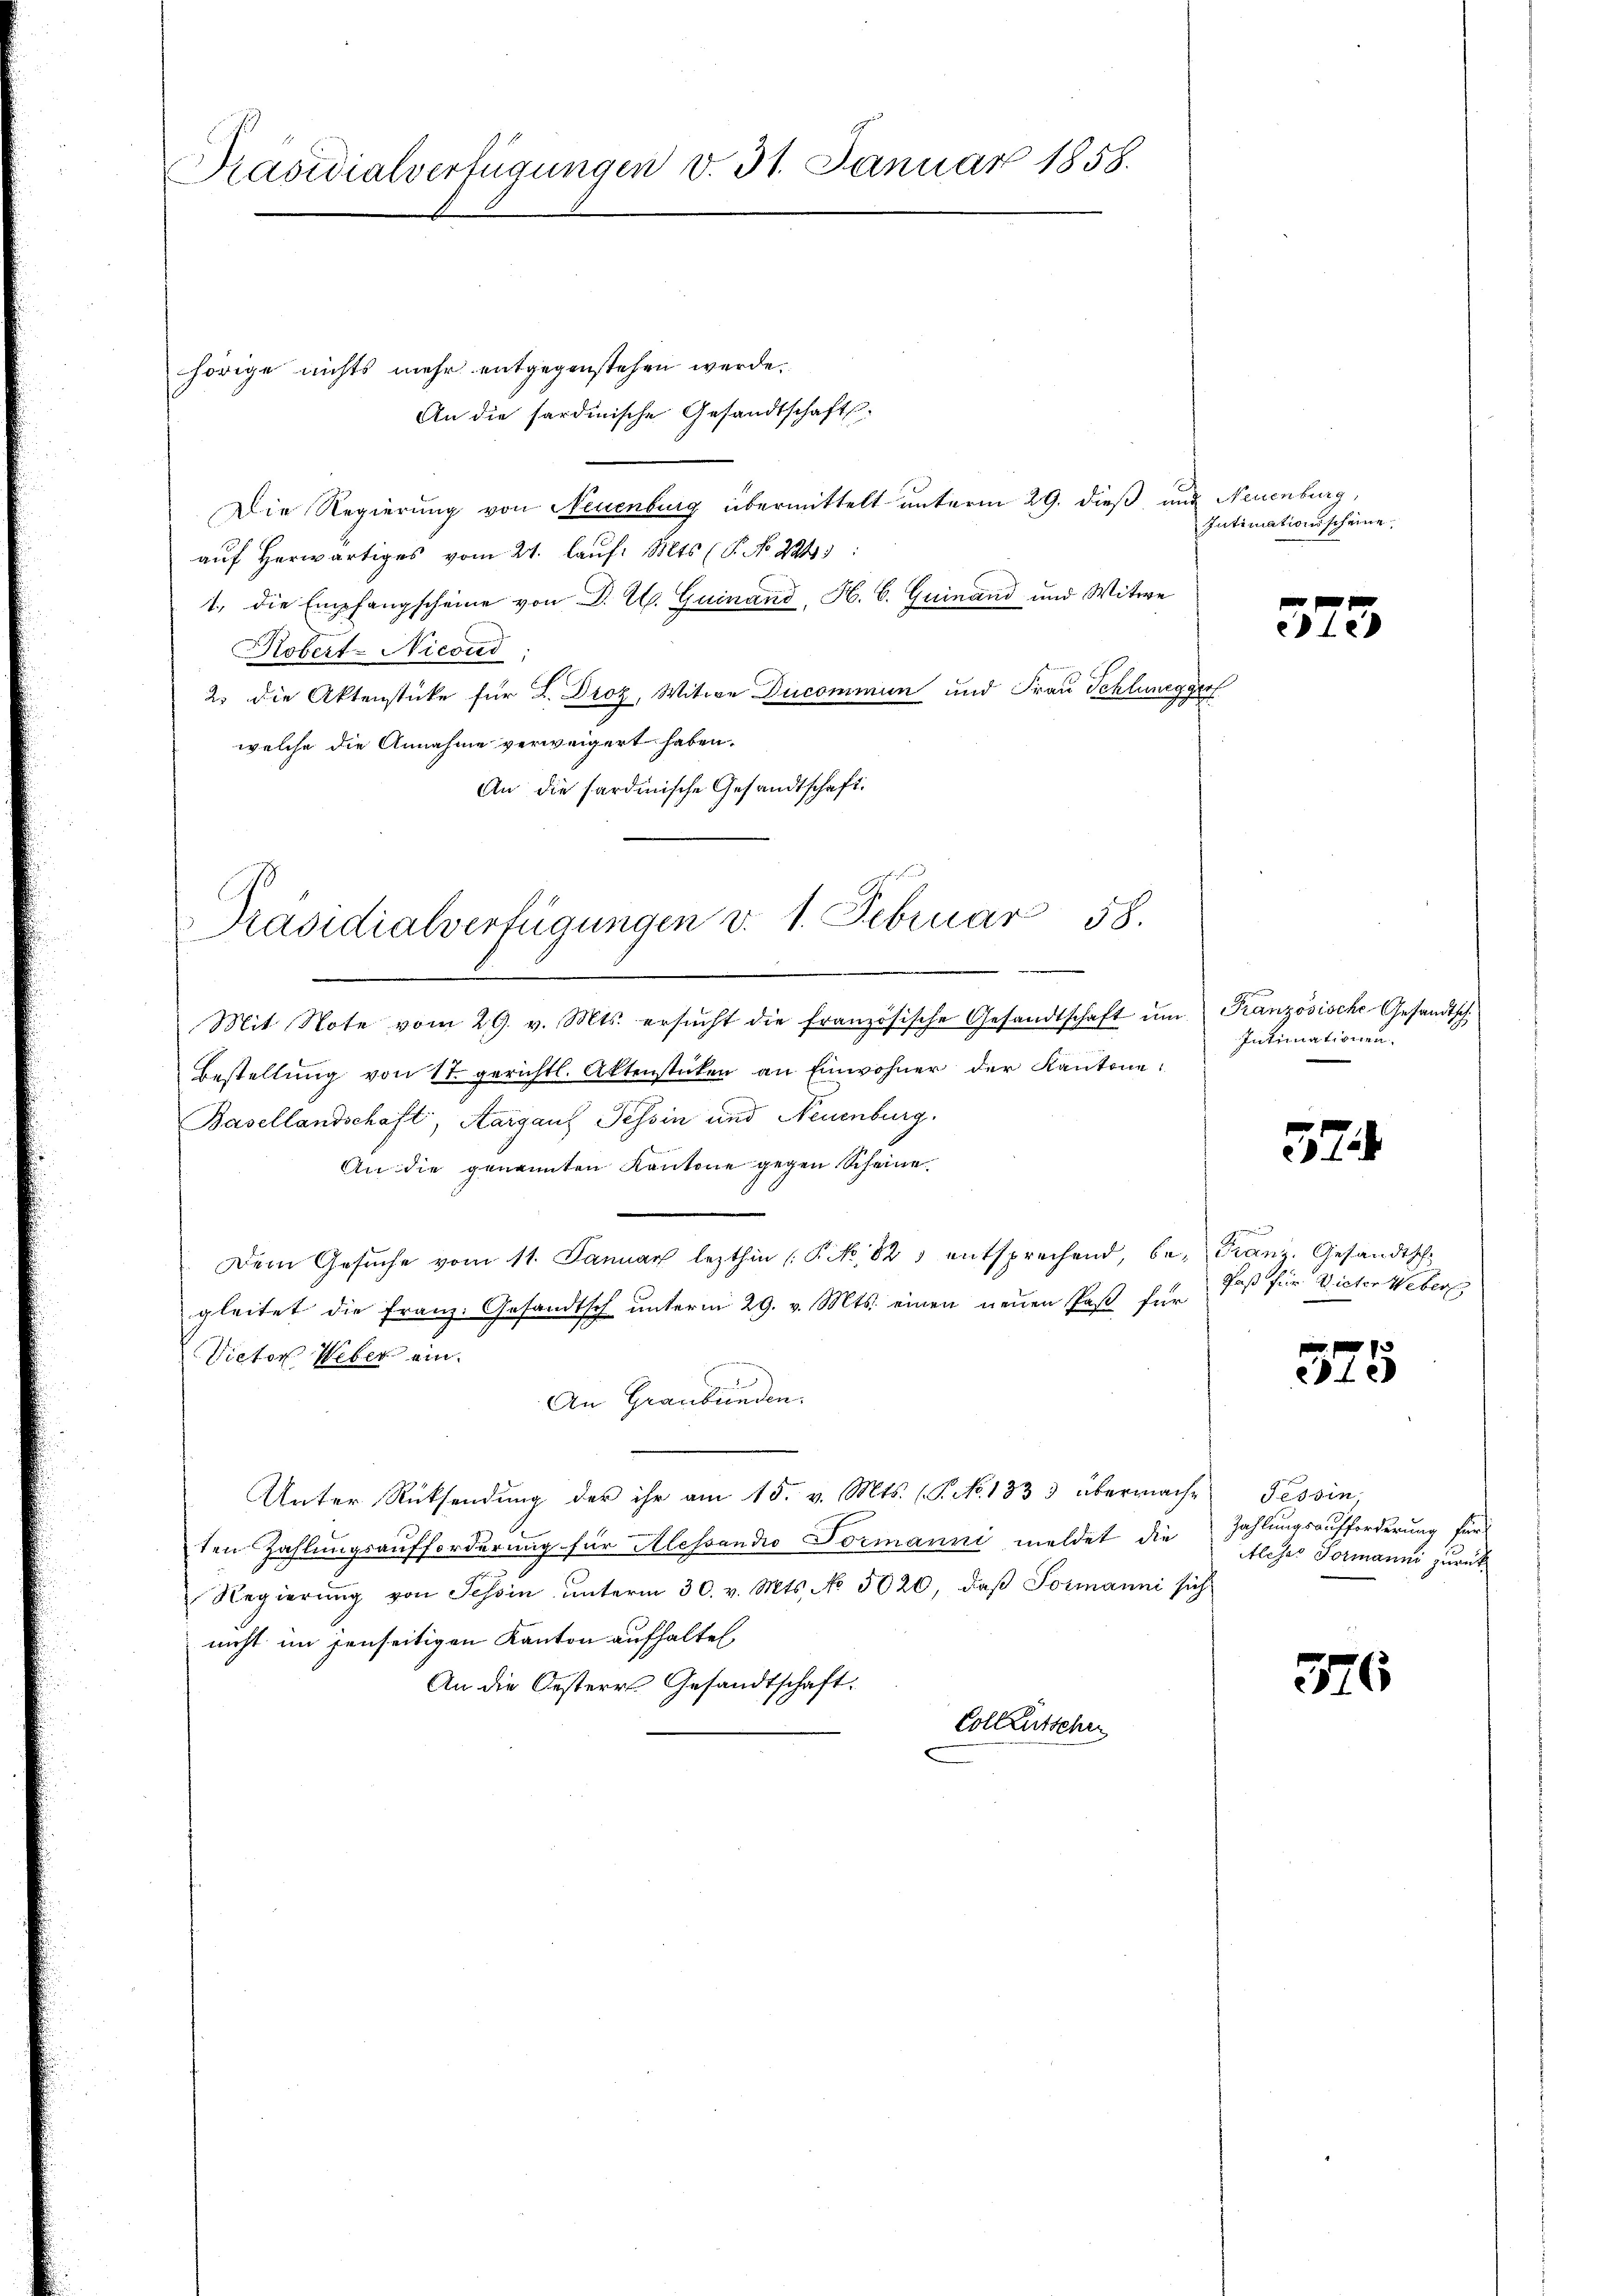
Präsidialverfügungen v. 31. Januar 1858.

hörige nichts mehr entgegenstehen werde.
An die sardinische Gesandtschafts
Die Regierung von Neuenburg übermittelt unterm 29. dieß und Neuenburg,
auf herwärtiges vom 24. lauf. Mts. (T. No 2245:
1., die Empfangscheine von D. E. Guinand, H. b. Guinand und Witwe
Hobert-Nicond
2. die Aktenstücke für L. Droz, Witwe Ducommun und Frau Schlungger
welche die Annahme verweigert haben.
An die sardinische Gesandtschaft.

Mit Note vom 29. v. Mts. ersŭcht die französische Gesandtschaft ŭm
Bestellŭng von 11. gerichtl. Aktenstücken an Einwohner der Kantone:
Basellandschaft, Aargauf Tessin und Neuenburg.
An die genannten Kantone gegen Scheine
Dem Gesŭche vom 11. Januar lezthin (P No. 825 entsprechend, be- Franz. Gesandtsch
gleitet die Franz. Gesandtsch unterm 29. v. Mts. einen neuen Paß für
Victor Weber ein.
An Graubünden.
Unter Rücksendung der ihr am 15. v. Mts. (T. No. 1333 übermache Tessin,
ten Zahlungsaufforderung für Alessandio Formanni meldet die Zahlungsaufforderung für
Regierŭng von Schön ŭnterm 30. v. Mts. No 5020, daβ Formanni sich
nicht im jenseitigen Kanton aufhalten,
An die Oesterr. Gesandtschaft.
Colleutscher

Präsidialverfügungen v. 1. Februar 58.

Intimationsscheine

573

Französische Gesandtsch
Intimationen.

32

Paß für Victor Webers

375

Atleses Formanni zurück

326